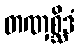
တဏှစ္ဆိဒံ